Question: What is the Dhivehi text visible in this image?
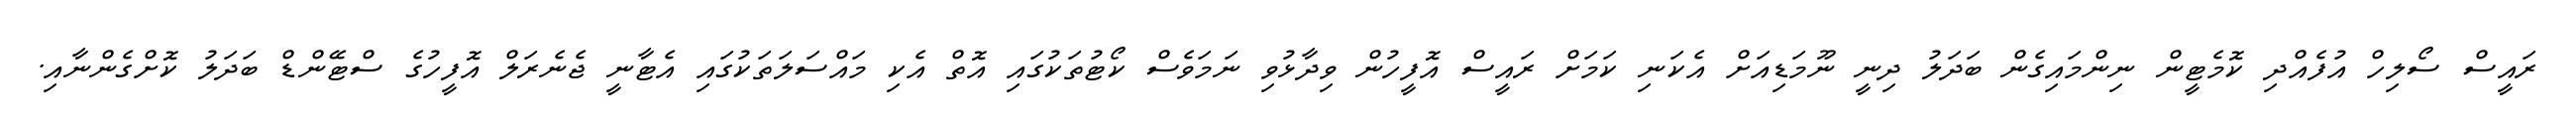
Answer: ރައީސް ސޯލިހް އުފެއްދި ކޮމެޓީން ނިންމައިގެން ބަދަލު ދިނީ ނޫމަޑިއަށް އެކަނި ކަމަށް ރައީސް އޮފީހުން ވިދާޅުވި ނަމަވެސް ކޯޓުތަކުގައި އޮތް އެކި މައްސަލަތަކުގައި އެޓާނީ ޖެނެރަލް އޮފީހުގެ ސްޓޭންޑް ބަދަލު ކޮށްގެންނާއި.